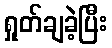
ရှုတ်ချခဲ့ပြီး